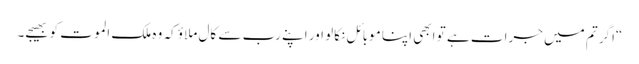
“اگر تم میں جرات ہے تو ابھی اپنا موبائل نکالو اور اپنے رب سے کال ملاؤ کہ وہ ملک الموت کو بھیجے۔